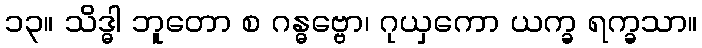
၁၃။ သိဒ္ဓါ ဘူတော စ ဂန္ဓဗ္ဗော၊ ဂုယှကော ယက္ခ ရက္ခသာ။